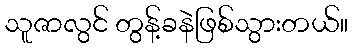
သူဇာလွင် တွန့်ခနဲဖြစ်သွားတယ်။